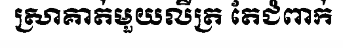
ស្រាគាត់មួយលីត្រ តែជំពាក់